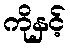
ကိုနှင့်